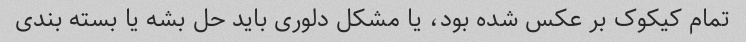
تمام کیکوک بر عکس شده بود، یا مشکل دلوری باید حل بشه یا بسته بندی